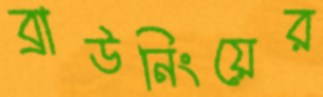
ব্রাউনিংয়ের